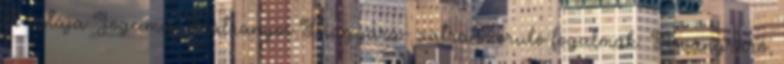
ek listája Jogcímcs. Hátrányos Magyará- zatra szoruló fogalmak ▪Ásványráró,